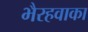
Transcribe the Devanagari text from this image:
भैरहवाका